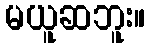
မယူဆဘူး။